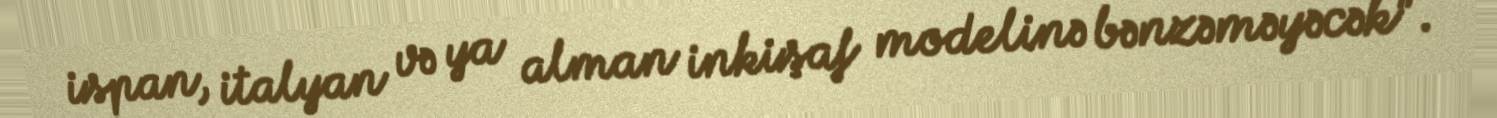
ispan, italyan və ya alman inkişaf modelinə bənzəməyəcək".